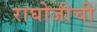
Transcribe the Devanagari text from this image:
राघोजीची